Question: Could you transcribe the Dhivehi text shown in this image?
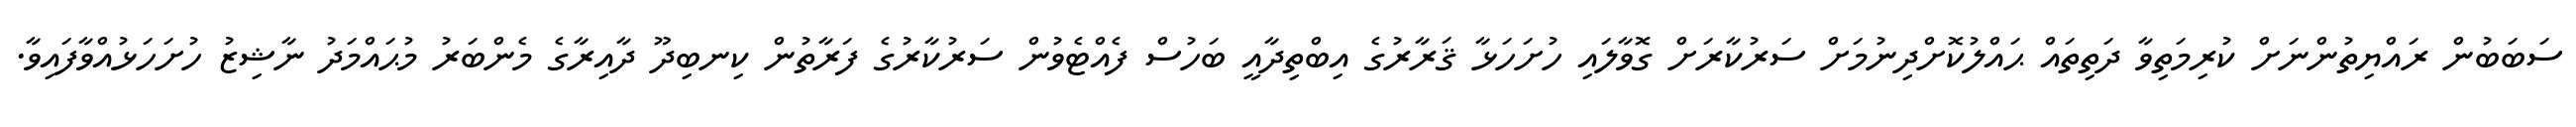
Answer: ސަބަބުން ރައްޔިތުންނަށް ކުރިމަތިވާ ދަތިތައް ޙައްލުކޮށްދިނުމަށް ސަރުކާރަށް ގޮވާލައި ހުށަހަޅާ ޤަރާރުގެ އިބްތިދާއީ ބަހުސް ފެއްޓެވުން ސަރުކާރުގެ ފަރާތުން ކިނބިދޫ ދާއިރާގެ މެންބަރު މުޙައްމަދު ނާޝިޒު ހުށަހަޅުއްވާފައިވާ.